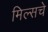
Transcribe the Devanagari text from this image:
मिल्सचे